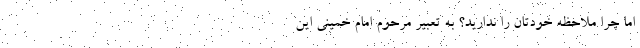
اما چرا ملاحظه خودتان را ندارید؟ به تعبیر مرحوم امام خمینی اَینَ